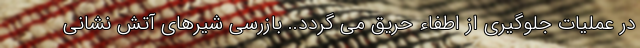
در عملیات جلوگیری از اطفاء حریق می گردد.. بازرسی شیرهای آتش نشانی